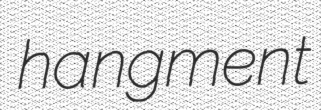
hangment